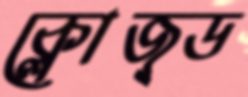
ক্লোজ্ড